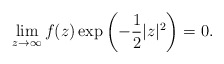
\begin{align*}\lim_{z\to\infty}f(z)\exp\left(-\frac12|z|^2\right)=0.\end{align*}